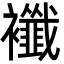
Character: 襳